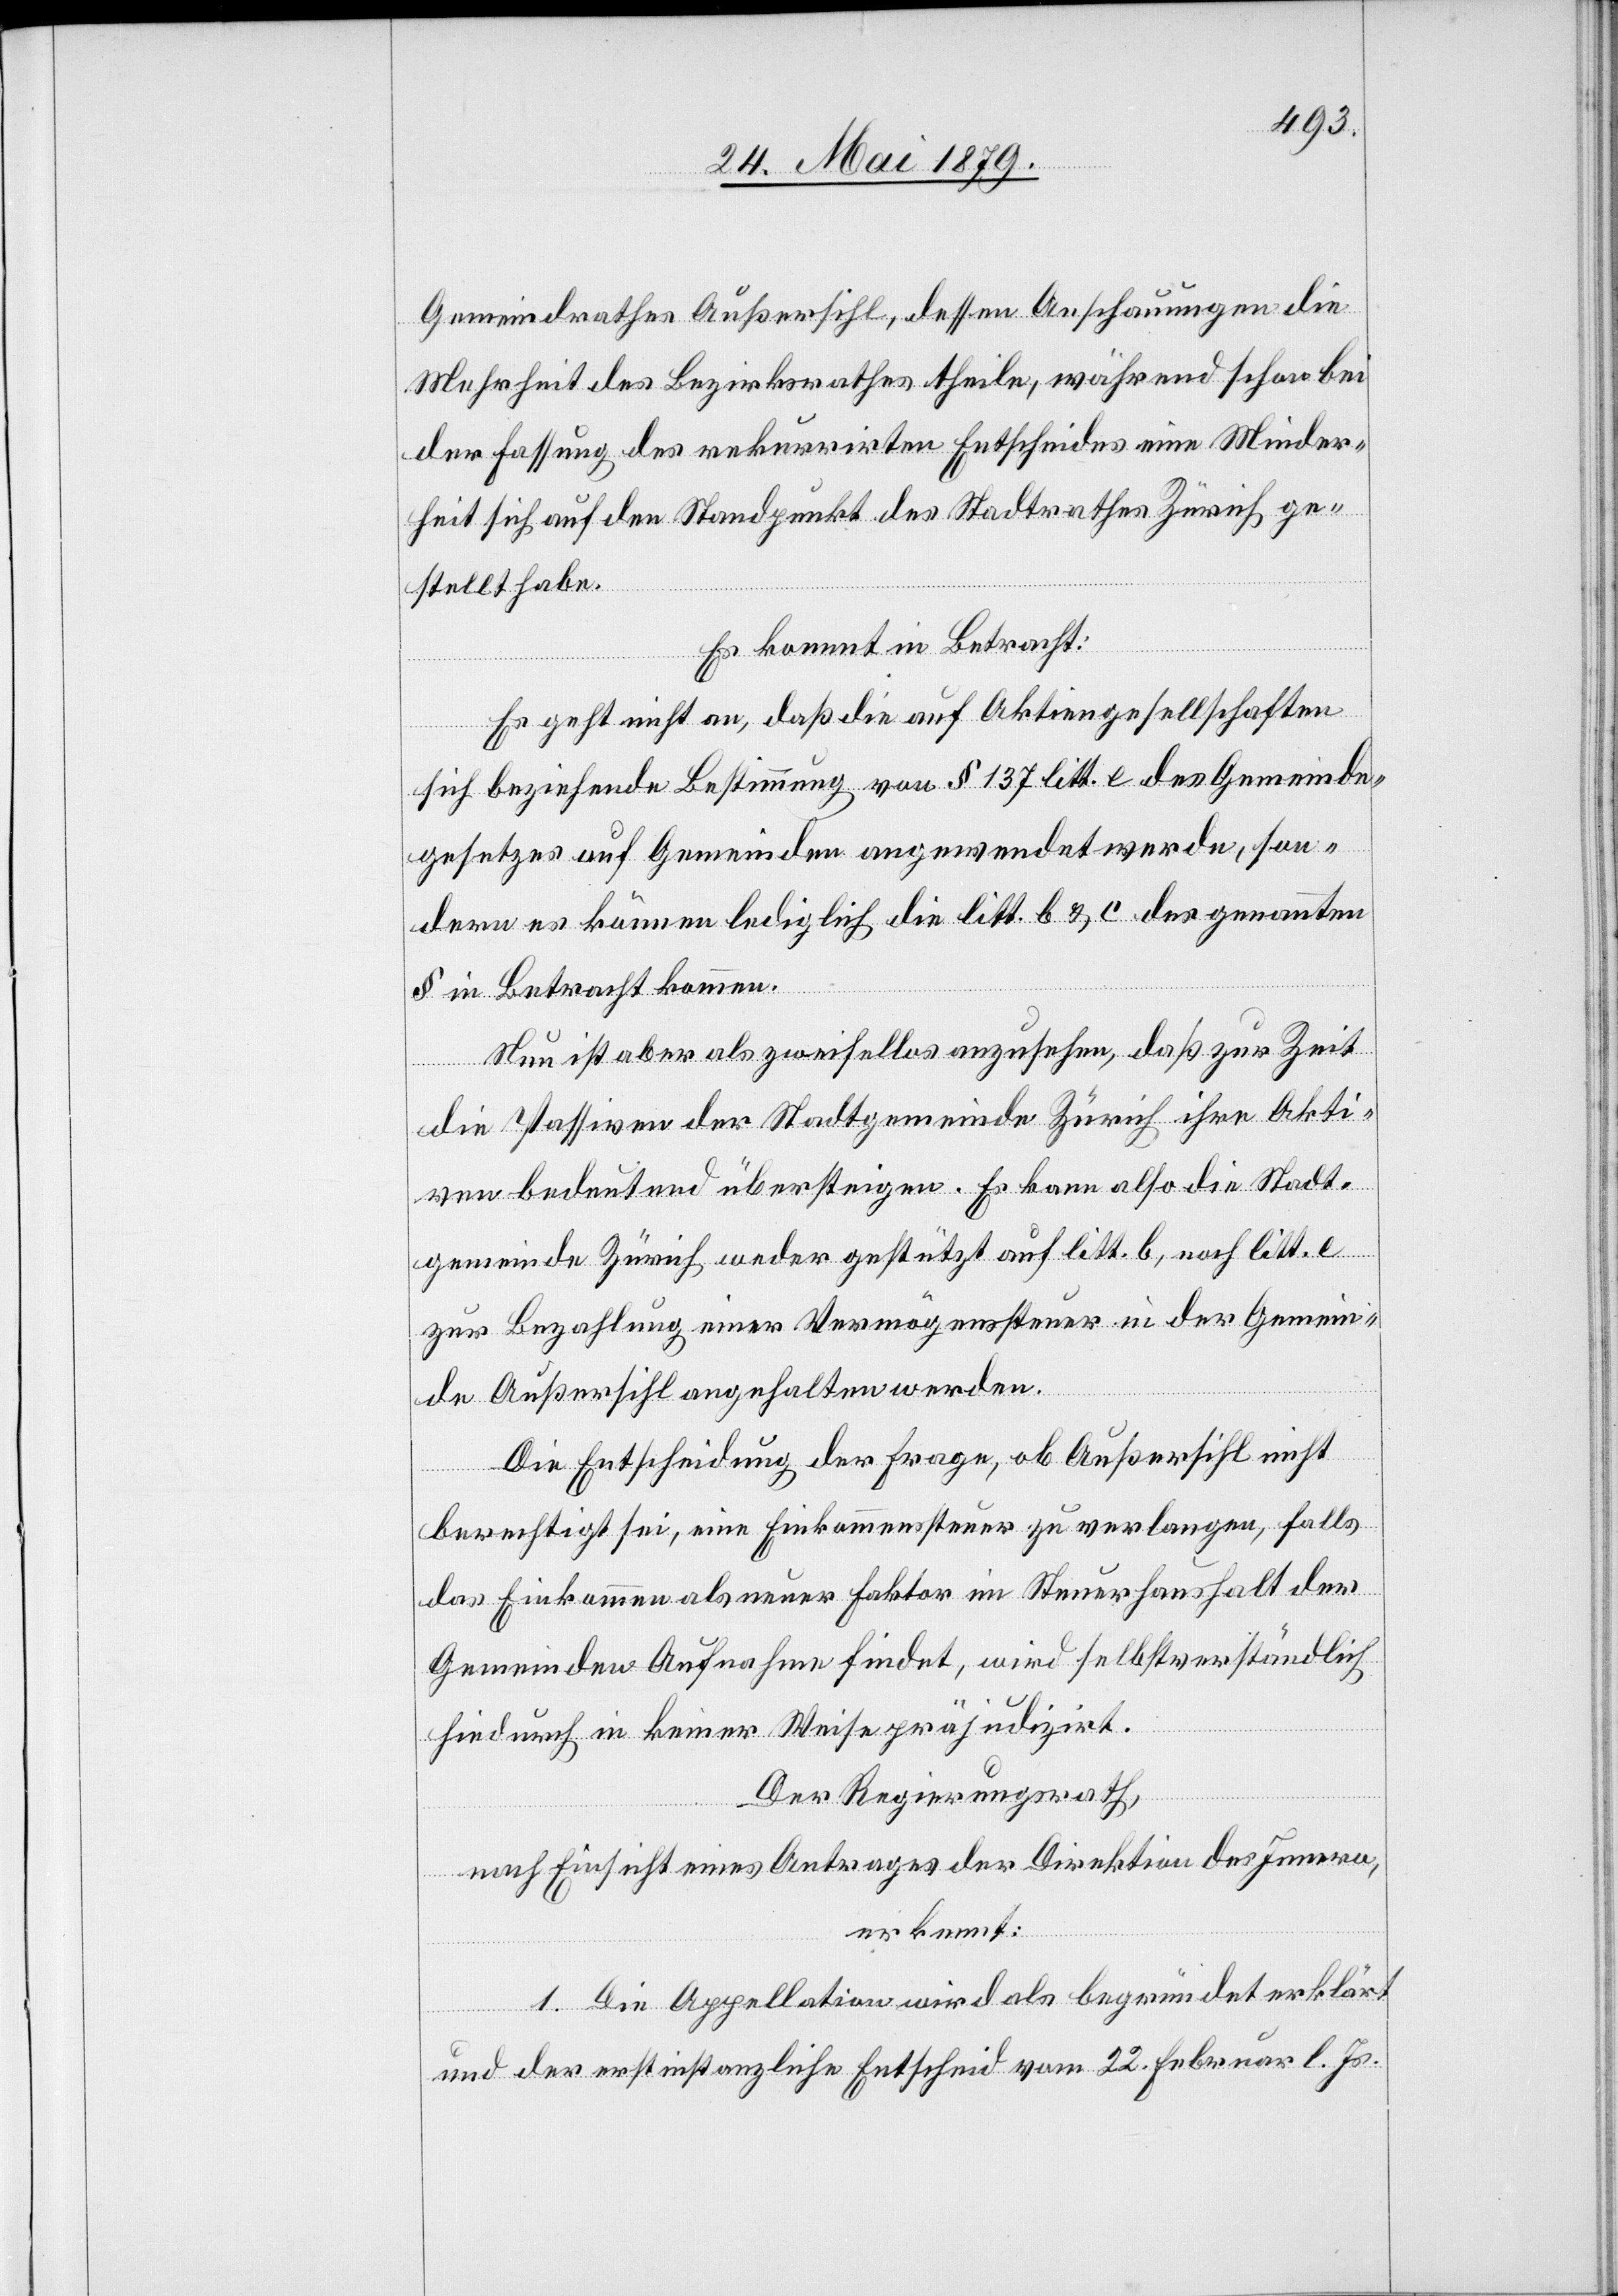
Gemeindrathes Außersihl, dessen Anschauungen die
Mehrheit des Bezirksrathes theile, während schon bei
der Fassung des rekurrirten Entscheides eine Minder¬
heit sich auf den Standpunkt des Stadtrathes Zürich ge¬
stellt habe.
Es kommt in Betracht:
Es geht nicht an, daß die auf Aktiengesellschaften
sich beziehende Bestimmung von § 137 litt. e des Gemeinde¬
gesetzes auf Gemeinden angewendet werde, son¬
dern es können lediglich die litt. b & c des genannten
§ in Betracht kommen.
Nun ist aber als zweifellos anzusehen, daß zur Zeit
die Passiven der Stadtgemeinde Zürich ihre Akti¬
ven bedeutend übersteigen. Es kann also die Stadt¬
gemeinde Zürich weder gestützt auf litt. b, noch litt. e
zur Bezahlung einer Vermögenssteuer in der Gemein¬
de Außersihl angehalten werden.
Die Entscheidung der Frage, ob Außersihl nicht
berechtigt sei, eine Einkommenssteuer zu verlangen, falls
das Einkommen als neuer Faktor im Steuerhaushalt der
Gemeinden Aufnahme findet, wird selbstverständlich
hiedurch in keiner Weise präjudizirt.
Der Regierungsrath,
nach Einsicht eines Antrages der Direktion des Innern,
erkennt:
1. Die Appellation wird als begründet erklärt
und der erstinstanzliche Entscheid vom 22. Februar l. Js.